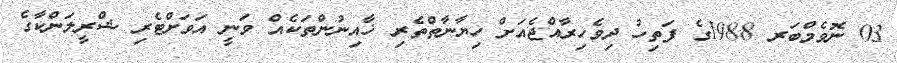
03 ނޮވެމްބަރ 1988ގެ ފަތިހު ދިވެހިރާއްޖެއަށް ހިޔާނާތްތެރި ޚާއިނުންތަކެއް ވަނީ އަވަށްޓެރި ޝްރީލަންކާގެ